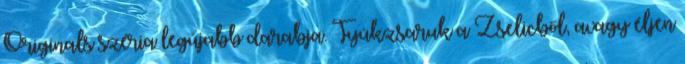
Originals széria legújabb darabja. Tyúkzsaruk a Zselicből, avagy éljen